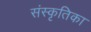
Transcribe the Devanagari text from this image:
संस्कृतिका